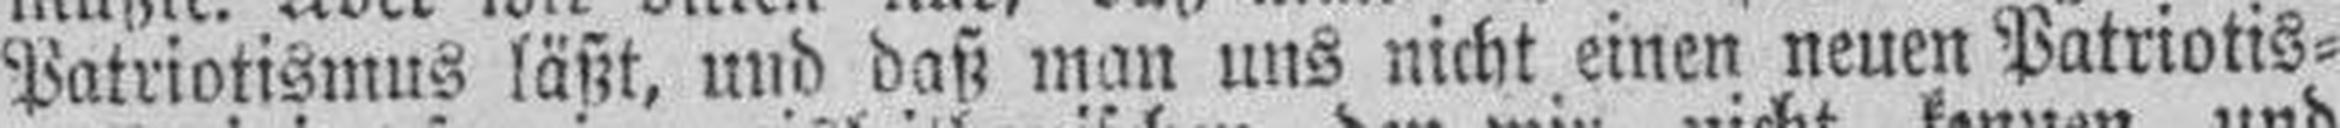
Patriotismus läßt, und daß man uns nicht einen neuen Patriotis¬